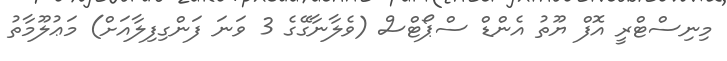
މިނިސްޓްރީ އޮފް ޔޫތު އެންޑް ސްޕޯޓްސް (ވެލާނާގޭގެ 3 ވަނަ ފަންގިފިލާއަށް) މަޢުލޫމާތު